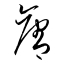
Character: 奪